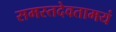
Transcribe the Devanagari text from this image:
समस्तदेवतामयं